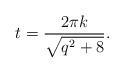
LaTeX: \begin{align*}t = \frac{2\pi k}{\sqrt{q^2+8}}.\end{align*}